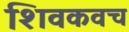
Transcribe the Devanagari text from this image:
शिवकवच